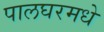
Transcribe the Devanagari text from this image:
पालघरमधे